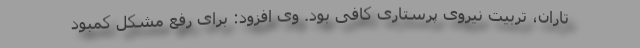
تاران، تربیت نیروی پرستاری کافی بود. وی افزود: برای رفع مشکل کمبود